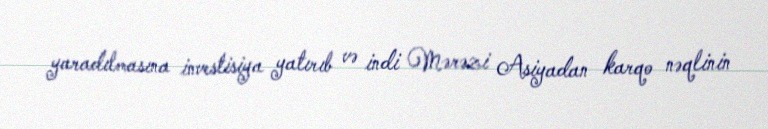
yaradılmasına investisiya yatırıb və indi Mərəzi Asiyadan karqo nəqlinin